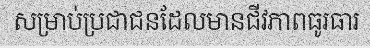
សម្រាប់ប្រជាជនដែលមានជីវភាពធូរធារ